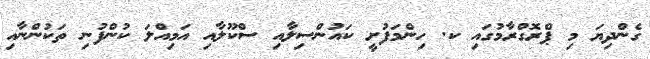
ގެންދިޔަ މި ޕްރޮގްރާމުގައި ކ. ހިންމަފުށީ ކައުންސިލާއި ސްކޫލާއި އަމިއްލަ ކުންފުނި ތަކުންނާއި